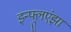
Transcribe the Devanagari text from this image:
इन्‍फ्लुएंझा